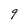
Character: q